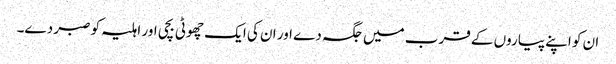
ان کو اپنے پیاروں کے قرب میں جگہ دے اور ان کی ایک چھوٹی بچی اور اہلیہ کو صبر دے۔